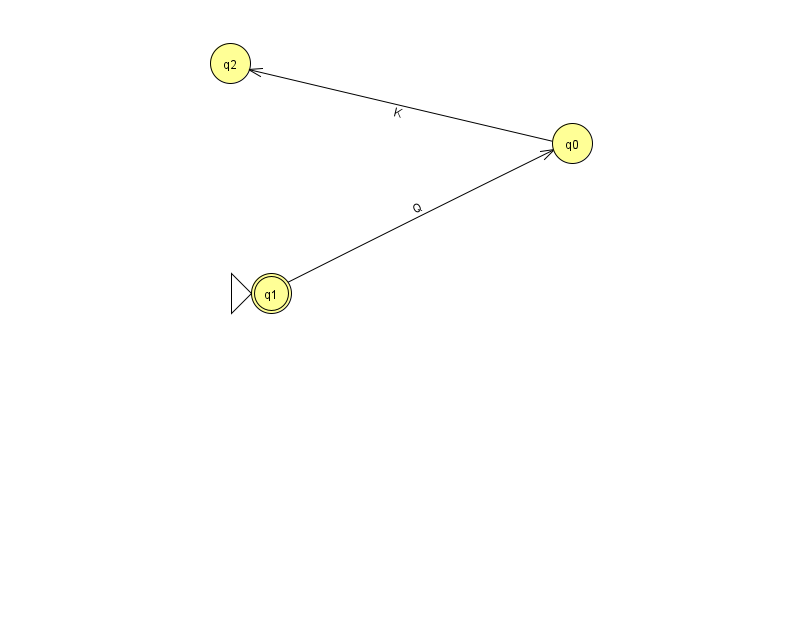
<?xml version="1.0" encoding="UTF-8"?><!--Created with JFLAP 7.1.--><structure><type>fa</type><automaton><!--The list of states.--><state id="0" name="q0"><x>572.0</x><y>130.0</y></state><state id="1" name="q1"><x>271.0</x><y>280.0</y><initial/><final/></state><state id="2" name="q2"><x>230.0</x><y>50.0</y></state><!--The list of transitions.--><transition><from>0</from><to>2</to><read>K</read></transition><transition><from>1</from><to>0</to><read>Q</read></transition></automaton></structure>